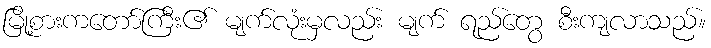
မြို့စားကတော်ကြီး၏ မျက်လုံးမှလည်း မျက် ရည်တွေ စီးကျလာသည်။